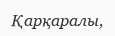
Қарқаралы,